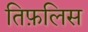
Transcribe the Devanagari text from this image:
तिफ़लिस